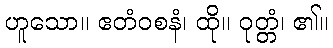
ဟူသော။ ဧတံဝစနံ၊ ထို။ ဝုတ္တံ၊ ၏။